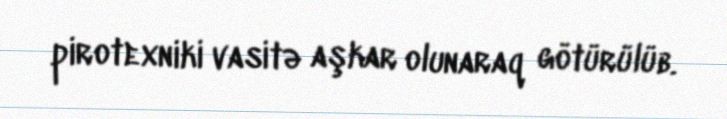
pirotexniki vasitə aşkar olunaraq götürülüb.